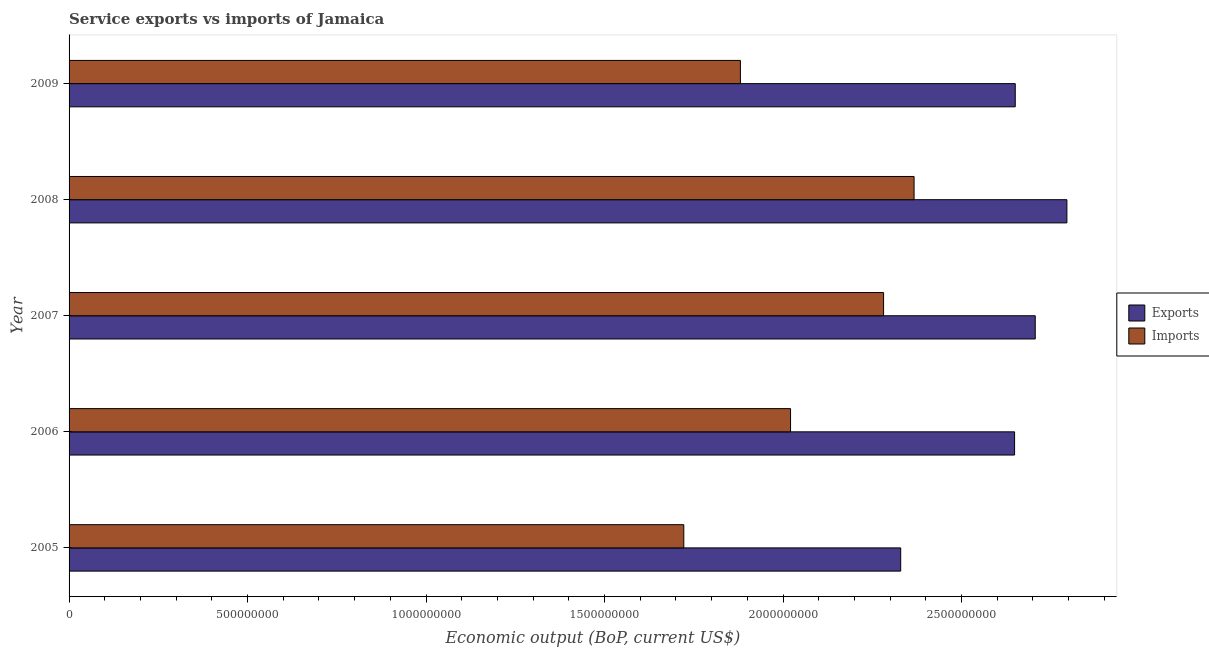
| Year | Exports | Imports |
 | --- | --- | --- |
 | 2005 | 2.33e+09 | 1.72e+09 |
 | 2006 | 2.65e+09 | 2.02e+09 |
 | 2007 | 2.71e+09 | 2.28e+09 |
 | 2008 | 2.8e+09 | 2.37e+09 |
 | 2009 | 2.65e+09 | 1.88e+09 |